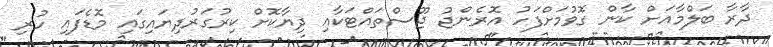
ދާރާ ބަލްމާއަށް ކާން ގޮވުމަށްފަހު އޮރެންޖު ޖޫސްތައްޓަކާއި ދިޔާކޮށް ކިރުގަރުދިޔައިގައި މޮޑެފައި ހުރި